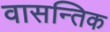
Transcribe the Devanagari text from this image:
वासन्तिक